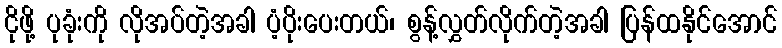
ငိုဖို့ ပုခုံးကို လိုအပ်တဲ့အခါ ပံ့ပိုးပေးတယ်၊ စွန့်လွှတ်လိုက်တဲ့အခါ ပြန်ထနိုင်အောင်